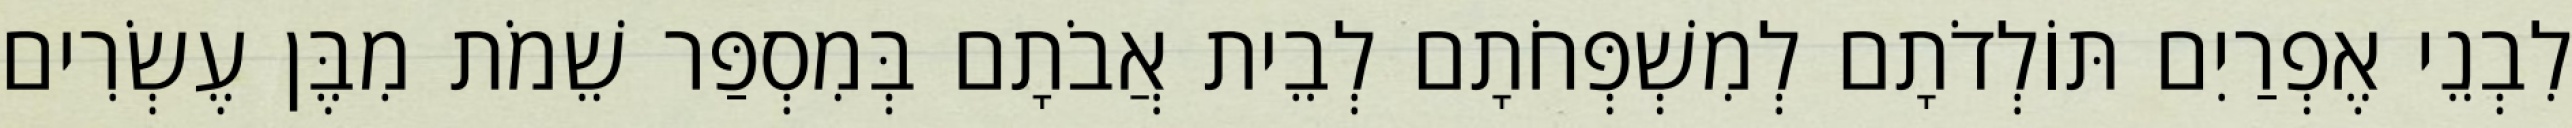
לִבְנֵי אֶפְרַיִם תּוֹלְדֹתָם לְמִשְׁפְּחֹתָם לְבֵית אֲבֹתָם בְּמִסְפַּר שֵׁמֹת מִבֶּן עֶשְׂרִים